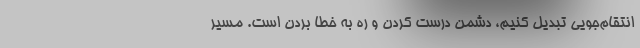
انتقام‌جویی تبدیل کنیم، دشمن درست کردن و ره به خطا بردن است. مسیر